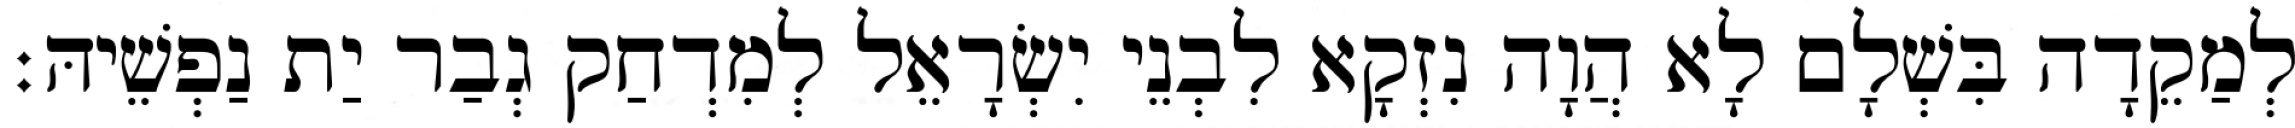
לְמַקֵדָה בִּשְׁלָם לָא הֲוָה נִזְקָא לִבְנֵי יִשְׂרָאֵל לְמִדְחַק גְבַר יַת נַפְשֵׁיהּ׃